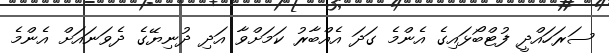
ސަރަހައްދީ ފުޓްބޯޅައިގެ އެންމެ ގަދަ އެއްބާރު ކަމަށްވާ އަދި ދުނިޔޭގެ ދެވަނައަށް އެންމެ